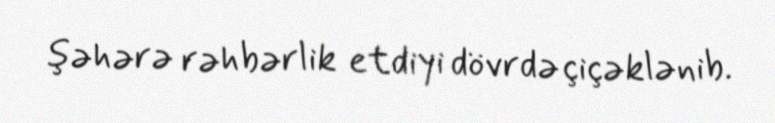
şəhərə rəhbərlik etdiyi dövrdə çiçəklənib.